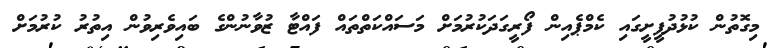
މިގޮތުން ކުޅުދުފީށީގައި ކެމްޕެއިން ފޯރީގަދަކުރުމަށް މަސައްކަތްތައް ފައްޓާ ޒުވާނުންގެ ބައިވެރިވުން އިތުރު ކުރުމަށް